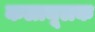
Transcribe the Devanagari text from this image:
कलामूलक